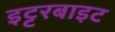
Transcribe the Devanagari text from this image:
इट्टरबाइट